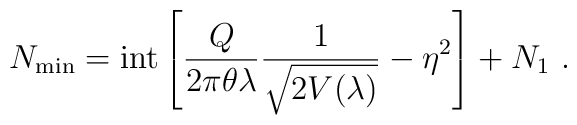
N_{\rm min} = {\rm int} \left[ \frac{Q}{2\pi\theta \lambda}     \frac{1}{\sqrt{2V(\lambda)}}            - \eta^2 \right] + N_1 ~ .